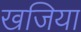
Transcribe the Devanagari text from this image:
खजिया